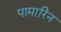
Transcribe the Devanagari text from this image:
पामारिन